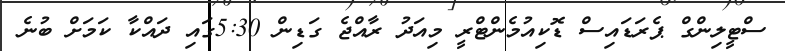
ސްޓީލިންގް ޕެރަޑައިސް ޑޮކިއުމެންޓްރީ މިއަދު ރާއްޖެ ގަޑިން 5:30ގައި ދައްކާ ކަމަށް ބުނެ